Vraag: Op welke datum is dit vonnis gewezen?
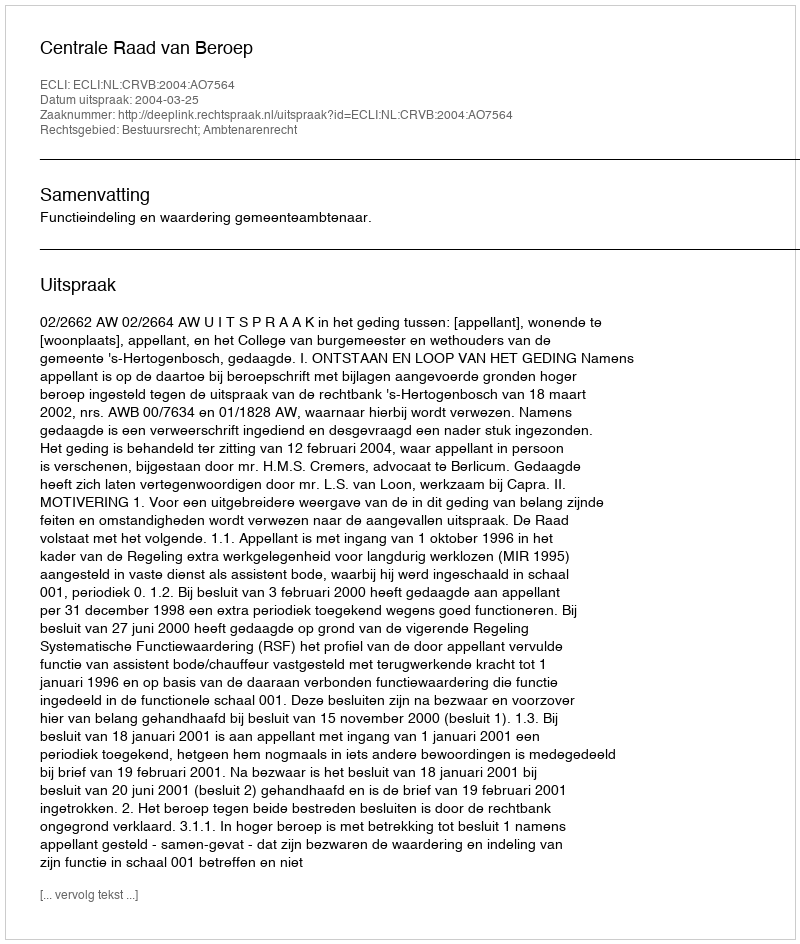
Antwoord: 2004-03-25